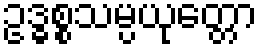
ဥဒ္ဓစ္စသမ္ပယုတ္တော